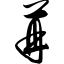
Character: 苒